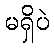
မရှိပဲ